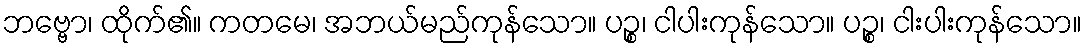
ဘဗ္ဗော၊ ထိုက်၏။ ကတမေ၊ အဘယ်မည်ကုန်သော။ ပဉ္စ၊ ငါပါးကုန်သော။ ပဉ္စ၊ ငါးပါးကုန်သော။